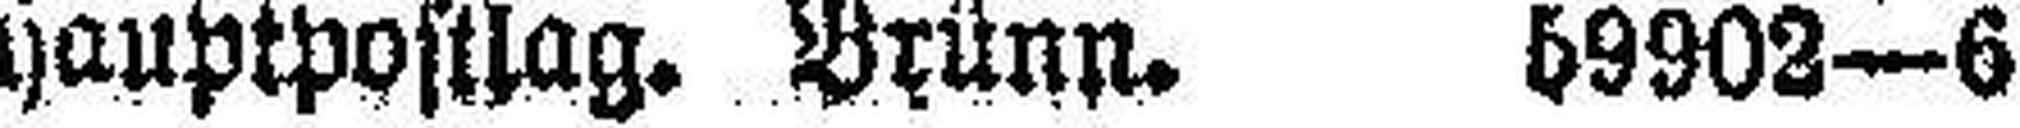
hauptpostlag. Brünn. 59902—6